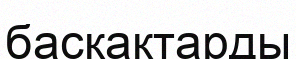
басқақтарды